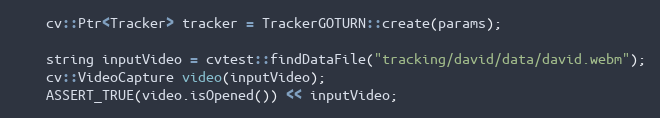
Language: C++
    cv::Ptr<Tracker> tracker = TrackerGOTURN::create(params);

    string inputVideo = cvtest::findDataFile("tracking/david/data/david.webm");
    cv::VideoCapture video(inputVideo);
    ASSERT_TRUE(video.isOpened()) << inputVideo;